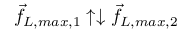
\vec { f } _ { L , m a x , 1 } \uparrow \downarrow \vec { f } _ { L , m a x , 2 }